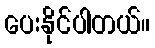
ပေးနိုင်ပါတယ်။